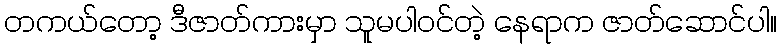
တကယ်တော့ ဒီဇာတ်ကားမှာ သူမပါဝင်တဲ့ နေရာက ဇာတ်ဆောင်ပါ။